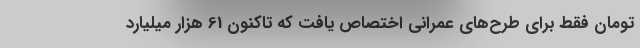
تومان فقط برای طرح‌های عمرانی اختصاص یافت که تاکنون 61 هزار میلیارد